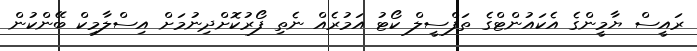
ރައީސް ޔާމީންގެ އެކައުންޓްގެ ތަފްސީލް ކޯޓު އަމުރެއް ނެތި ފޯރުކޮށްދިނުމަށް އިސްލާމިކް ބޭންކުން